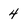
Character: 4